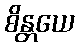
စိန္တယေ